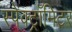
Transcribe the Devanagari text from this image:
स्पेक्ट्रॉमिटर